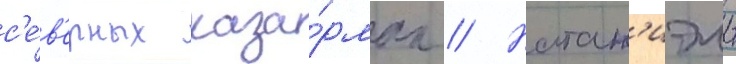
с'е́в'ерных каза́рмах // Натан'иэль